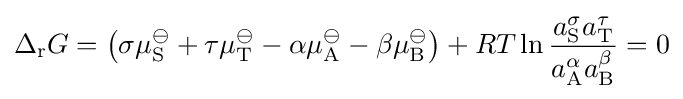
\Delta _{\mathrm {r} }G=\left(\sigma \mu _{\mathrm {S} }^{\ominus }+\tau \mu _{\mathrm {T} }^{\ominus }-\alpha \mu _{\mathrm {A} }^{\ominus }-\beta \mu _{\mathrm {B} }^{\ominus }\right)+RT\ln {\frac {a_{\mathrm {S} }^{\sigma }a_{\mathrm {T} }^{\tau }}{a_{\mathrm {A} }^{\alpha }a_{\mathrm {B} }^{\beta }}}=0